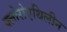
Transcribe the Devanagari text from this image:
क्लोरोएथिलीन